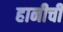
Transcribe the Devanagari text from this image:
हानीची